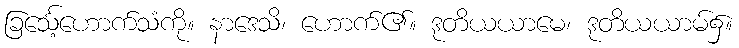
ခြင်္သေ့ဟောက်သံကို။ နာဒေသိ၊ ဟောက်၏။ ဒုတိယယာမေ၊ ဒုတိယယာမ်၌။